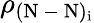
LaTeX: \rho_{\mathrm{(N\mathrm{~-~}N)_{i}}}